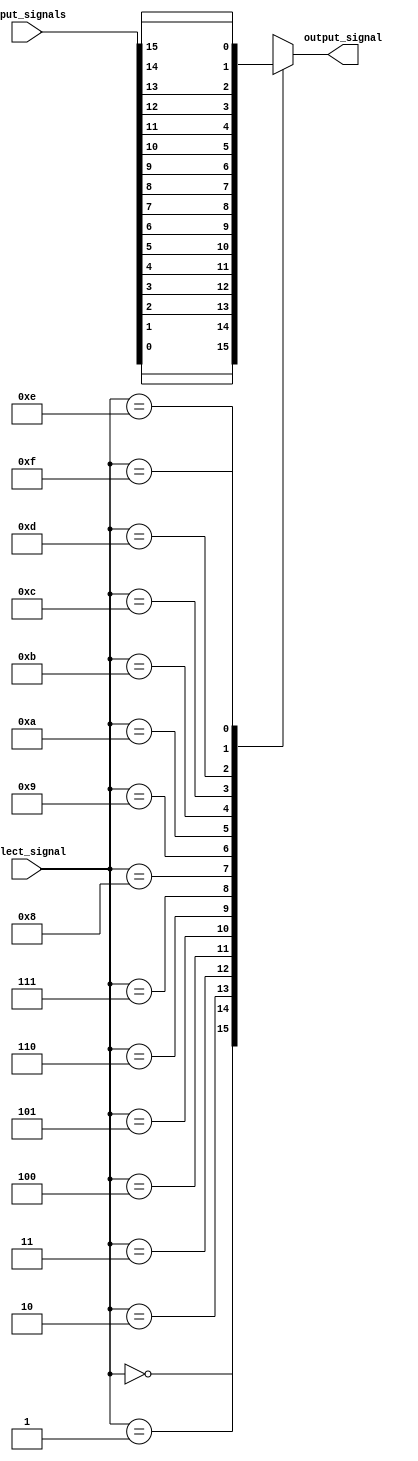
module multiplexer_16to1 (
    input wire [15:0] input_signals,
    input wire [3:0] select_signal,
    output reg output_signal
);

always @(*) begin
    case (select_signal)
        4'b0000: output_signal = input_signals[0];
        4'b0001: output_signal = input_signals[1];
        4'b0010: output_signal = input_signals[2];
        4'b0011: output_signal = input_signals[3];
        4'b0100: output_signal = input_signals[4];
        4'b0101: output_signal = input_signals[5];
        4'b0110: output_signal = input_signals[6];
        4'b0111: output_signal = input_signals[7];
        4'b1000: output_signal = input_signals[8];
        4'b1001: output_signal = input_signals[9];
        4'b1010: output_signal = input_signals[10];
        4'b1011: output_signal = input_signals[11];
        4'b1100: output_signal = input_signals[12];
        4'b1101: output_signal = input_signals[13];
        4'b1110: output_signal = input_signals[14];
        4'b1111: output_signal = input_signals[15];
    endcase
end

endmodule